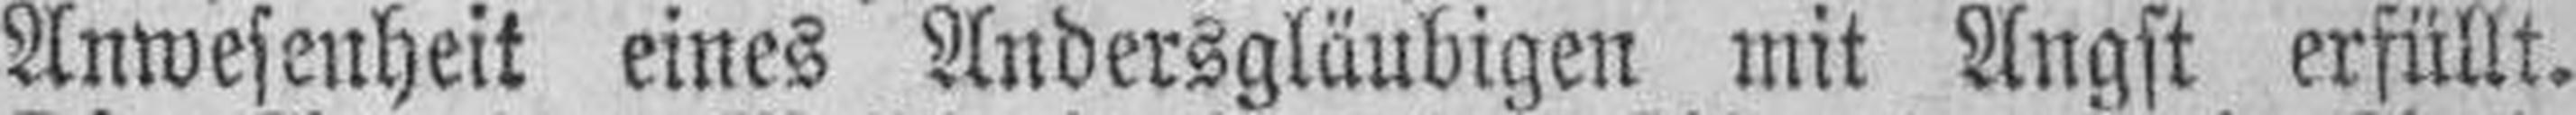
Anwesenheit eines Andersgläubigen mit Angst erfüllt.